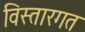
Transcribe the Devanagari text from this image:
विस्तारगत